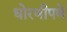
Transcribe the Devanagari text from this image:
धोरणीपणे